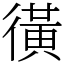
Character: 㣴